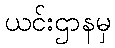
ယင်းဌာနမှ